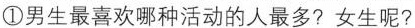
①男生最喜欢哪种活动的人最多?女生呢?